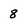
Character: 8